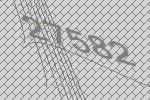
27582